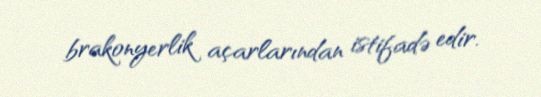
brakonyerlik açarlarından istifadə edir.